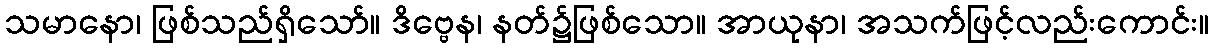
သမာနော၊ ဖြစ်သည်ရှိသော်။ ဒိဗ္ဗေန၊ နတ်၌ဖြစ်သော။ အာယုနာ၊ အသက်ဖြင့်လည်းကောင်း။